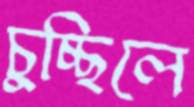
চুচ্ছিলে